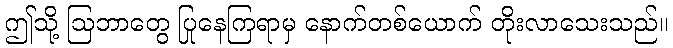
ဤသို့ ဩဘာတွေ ပြုနေကြရာမှ နောက်တစ်ယောက် တိုးလာသေးသည်။